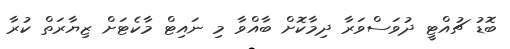
ބޮޑު ޗުއްޓީ ދުވަސްވަރާ ދިމާކޮށް ބާއްވާ މި ނައިޓް މާކެޓަށް ޒިޔާރަތް ކުރާ